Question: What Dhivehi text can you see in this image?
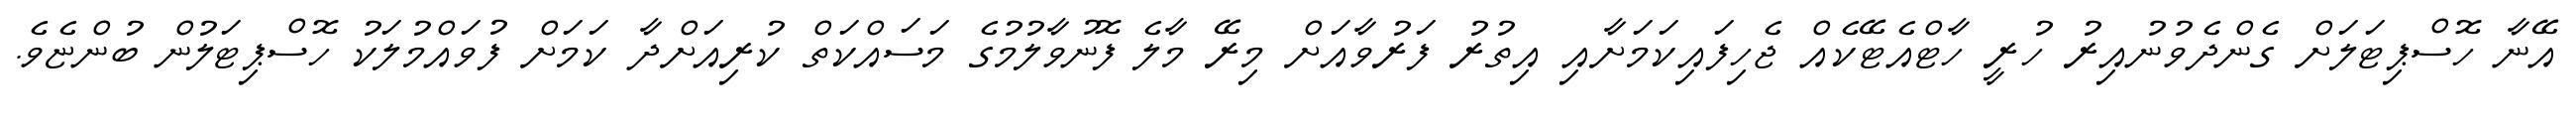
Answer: އޭނާ ހޮސްޕިޓަލަށް ގެންދެވުނުއިރު ހުރީ ހާޓްއެޓޭކެއް ޖެހިފައިކަމަށާއި އިތުރު ފަރުވާއަށް މިރޭ މާލެ ފޮނުވާލުމުގެ މަސައްކަތް ކުރިއަށްދާ ކަމަށް ފުވައްމުލަކު ހޮސްޕިޓަލުން ބުންޏެވެ.